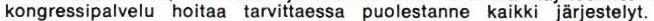
kongressipalvelu hoitaa tarvittaessa puolestanne kaikki järjestelyt.